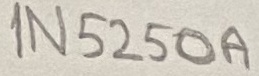
Text: 1N5250A